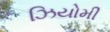
ઝિયોમી